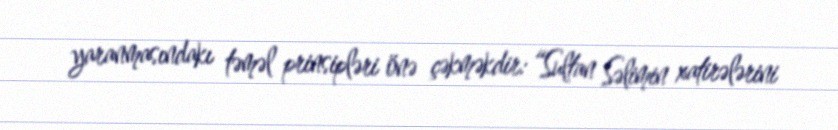
yaranmasındakı təməl prinsipləri önə çəkməkdir: “Sultan Səlimin xatirələrini